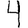
Digit: 4